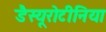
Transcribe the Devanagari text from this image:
डैस्यूरोटीनिया